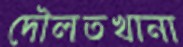
দৌলতখানা